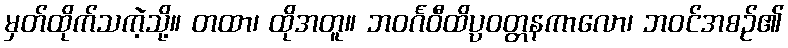
မှတ်ထိုက်သကဲ့သို့။ တထာ၊ ထိုအတူ။ ဘဝင်္ဂဝီထိပ္ပဝတ္တနကာလော၊ ဘဝင်အစဉ်၏